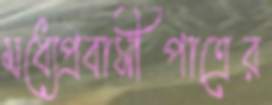
মধ্যেপ্রবাসীপাত্রের